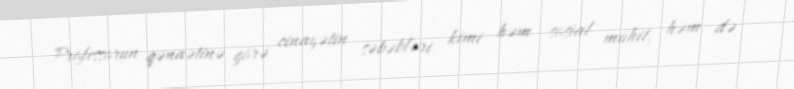
Professorun qənaətinə görə cinayətin səbəbləri kimi həm sosial mühit, həm də